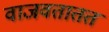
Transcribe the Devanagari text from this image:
वाजवतातत